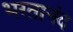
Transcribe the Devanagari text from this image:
भरतानंद